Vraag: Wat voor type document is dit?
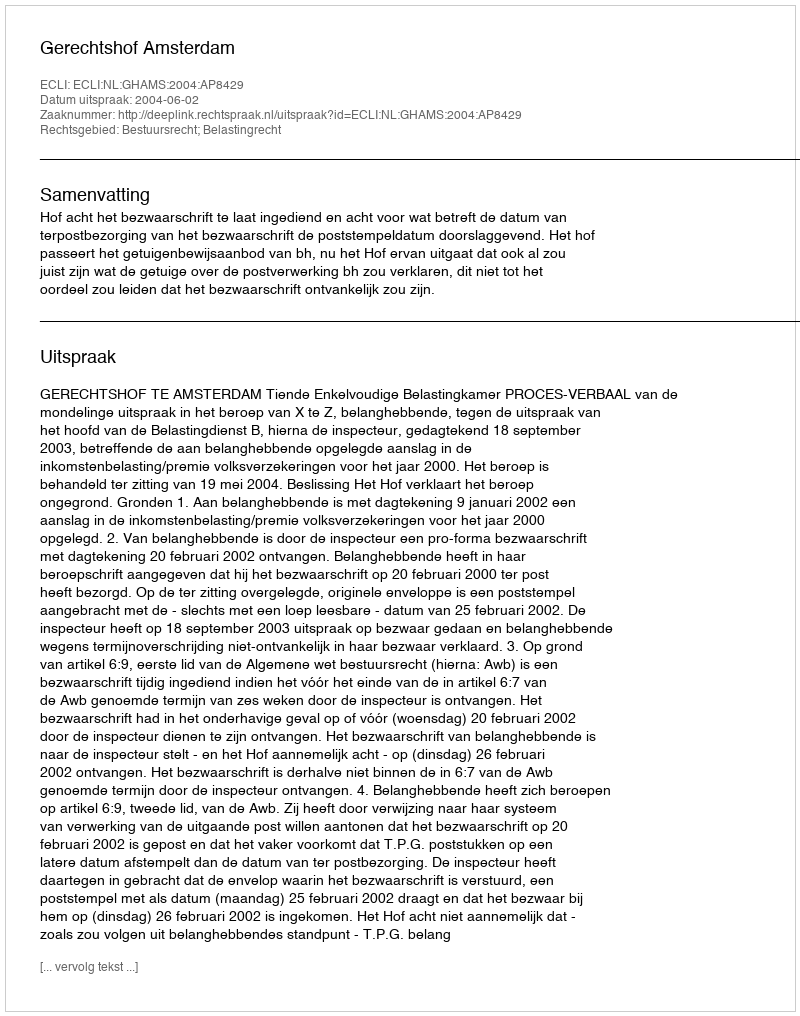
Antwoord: Uitspraak